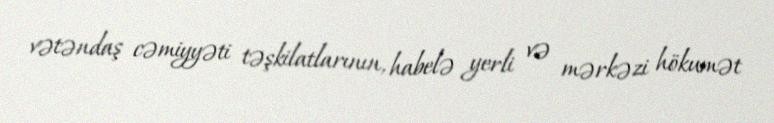
vətəndaş cəmiyyəti təşkilatlarının, habelə yerli və mərkəzi hökumət